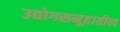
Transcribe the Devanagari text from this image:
उद्योगसमूहातील